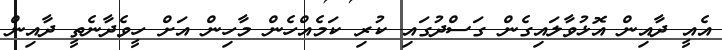
އެއީ ދާއިން އޮޅުވާލައިގެން ގަސްދުގައި ކުރި ކަމެއްހެން މާހިން އަށް ހީވެދާނެތީ ދާއިން